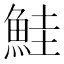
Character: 鮭